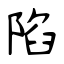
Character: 陷